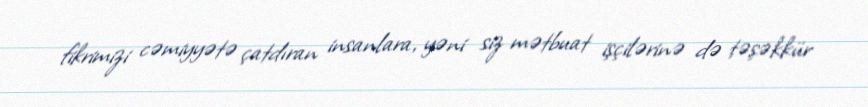
fikrimizi cəmiyyətə çatdıran insanlara, yəni siz mətbuat işçilərinə də təşəkkür